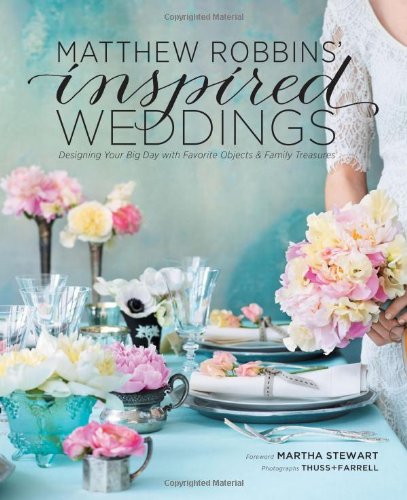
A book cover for Matthew Robbins' Inspired Weddings: Designing Your Big Day with Favorite Objects and Family Treasures; Matthew Robbins; Crafts, Hobbies & Home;